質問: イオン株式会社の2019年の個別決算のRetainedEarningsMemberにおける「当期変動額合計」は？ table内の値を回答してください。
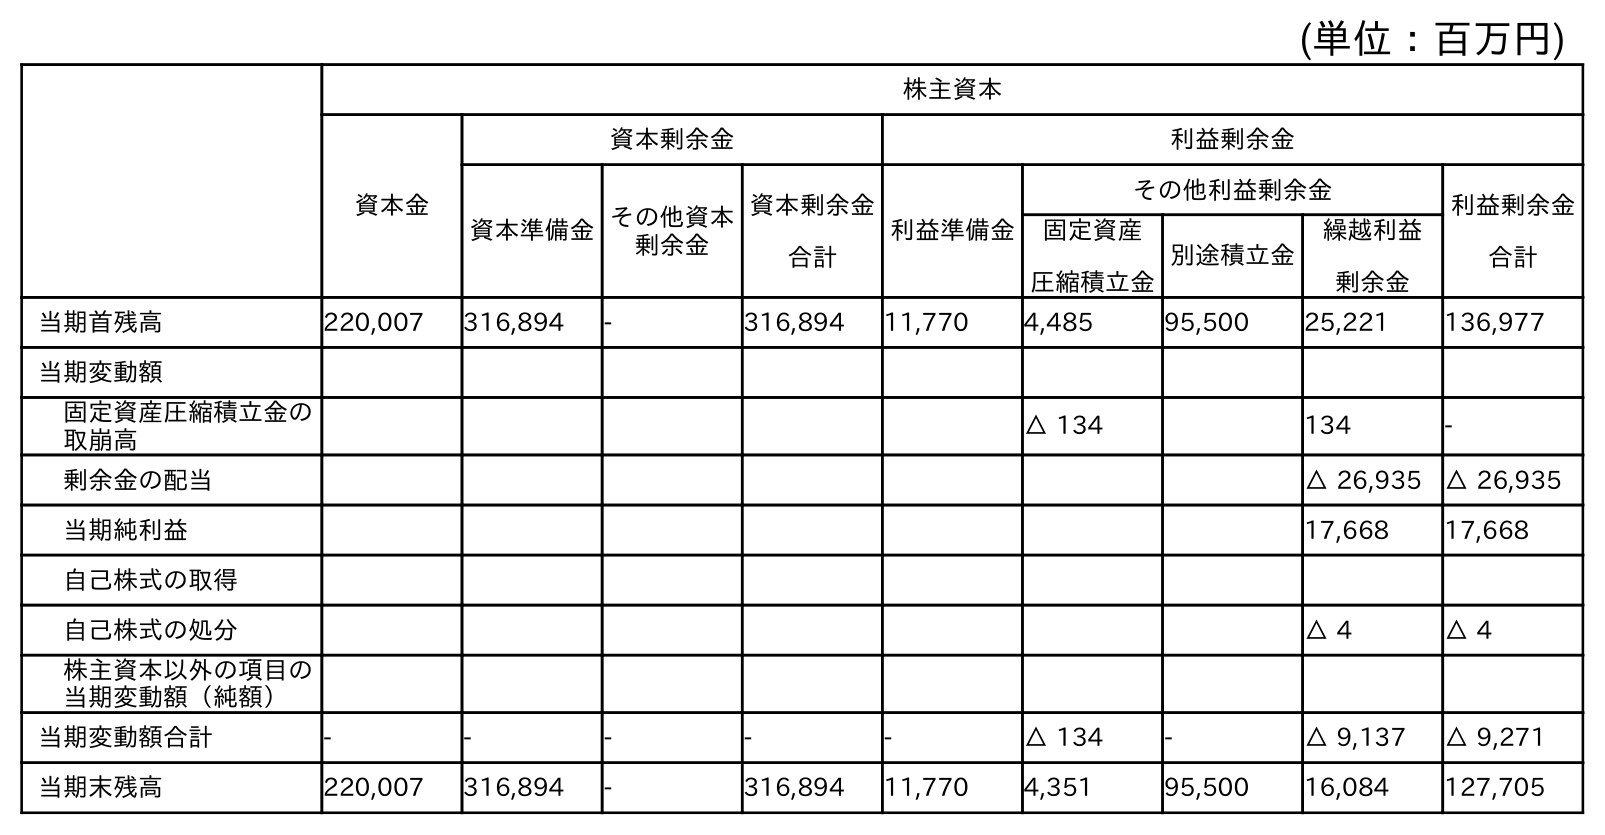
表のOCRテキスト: (単位：百万円) 株主資本 資本金 資本剰余金 利益剰余金 資本準備金その他資本 剰余金 資本剰余金 合計 利益準備金 その他利益剰余金 利益剰余金 合計 固定資産 圧縮積立金 別途積立金 繰越利益 剰余金 当期首残高 220,007 316,894 - 316,894 11,770 4,485 95,500 25,221 136,977 当期変動額 固定資産圧縮積立金の 取崩高 △ 134 134 - 剰余金の配当 △ 26,935 △ 26,935 当期純利益 17,668 17,668 自己株式の取得 自己株式の処分 △ 4 △ 4 株主資本以外の項目の 当期変動額（純額） 当期変動額合計 - - - - - △ 134 - △ 9,137 △ 9,271 当期末残高 220,007 316,894 - 316,894 11,770 4,351 95,500 16,084 127,705
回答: △9,271